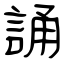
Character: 誦